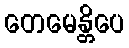
တေမေန္တိပေ